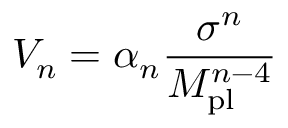
V _ { n } = \alpha _ { n } \frac { \sigma ^ { n } } { M _ { \mathrm { p l } } ^ { n - 4 } }